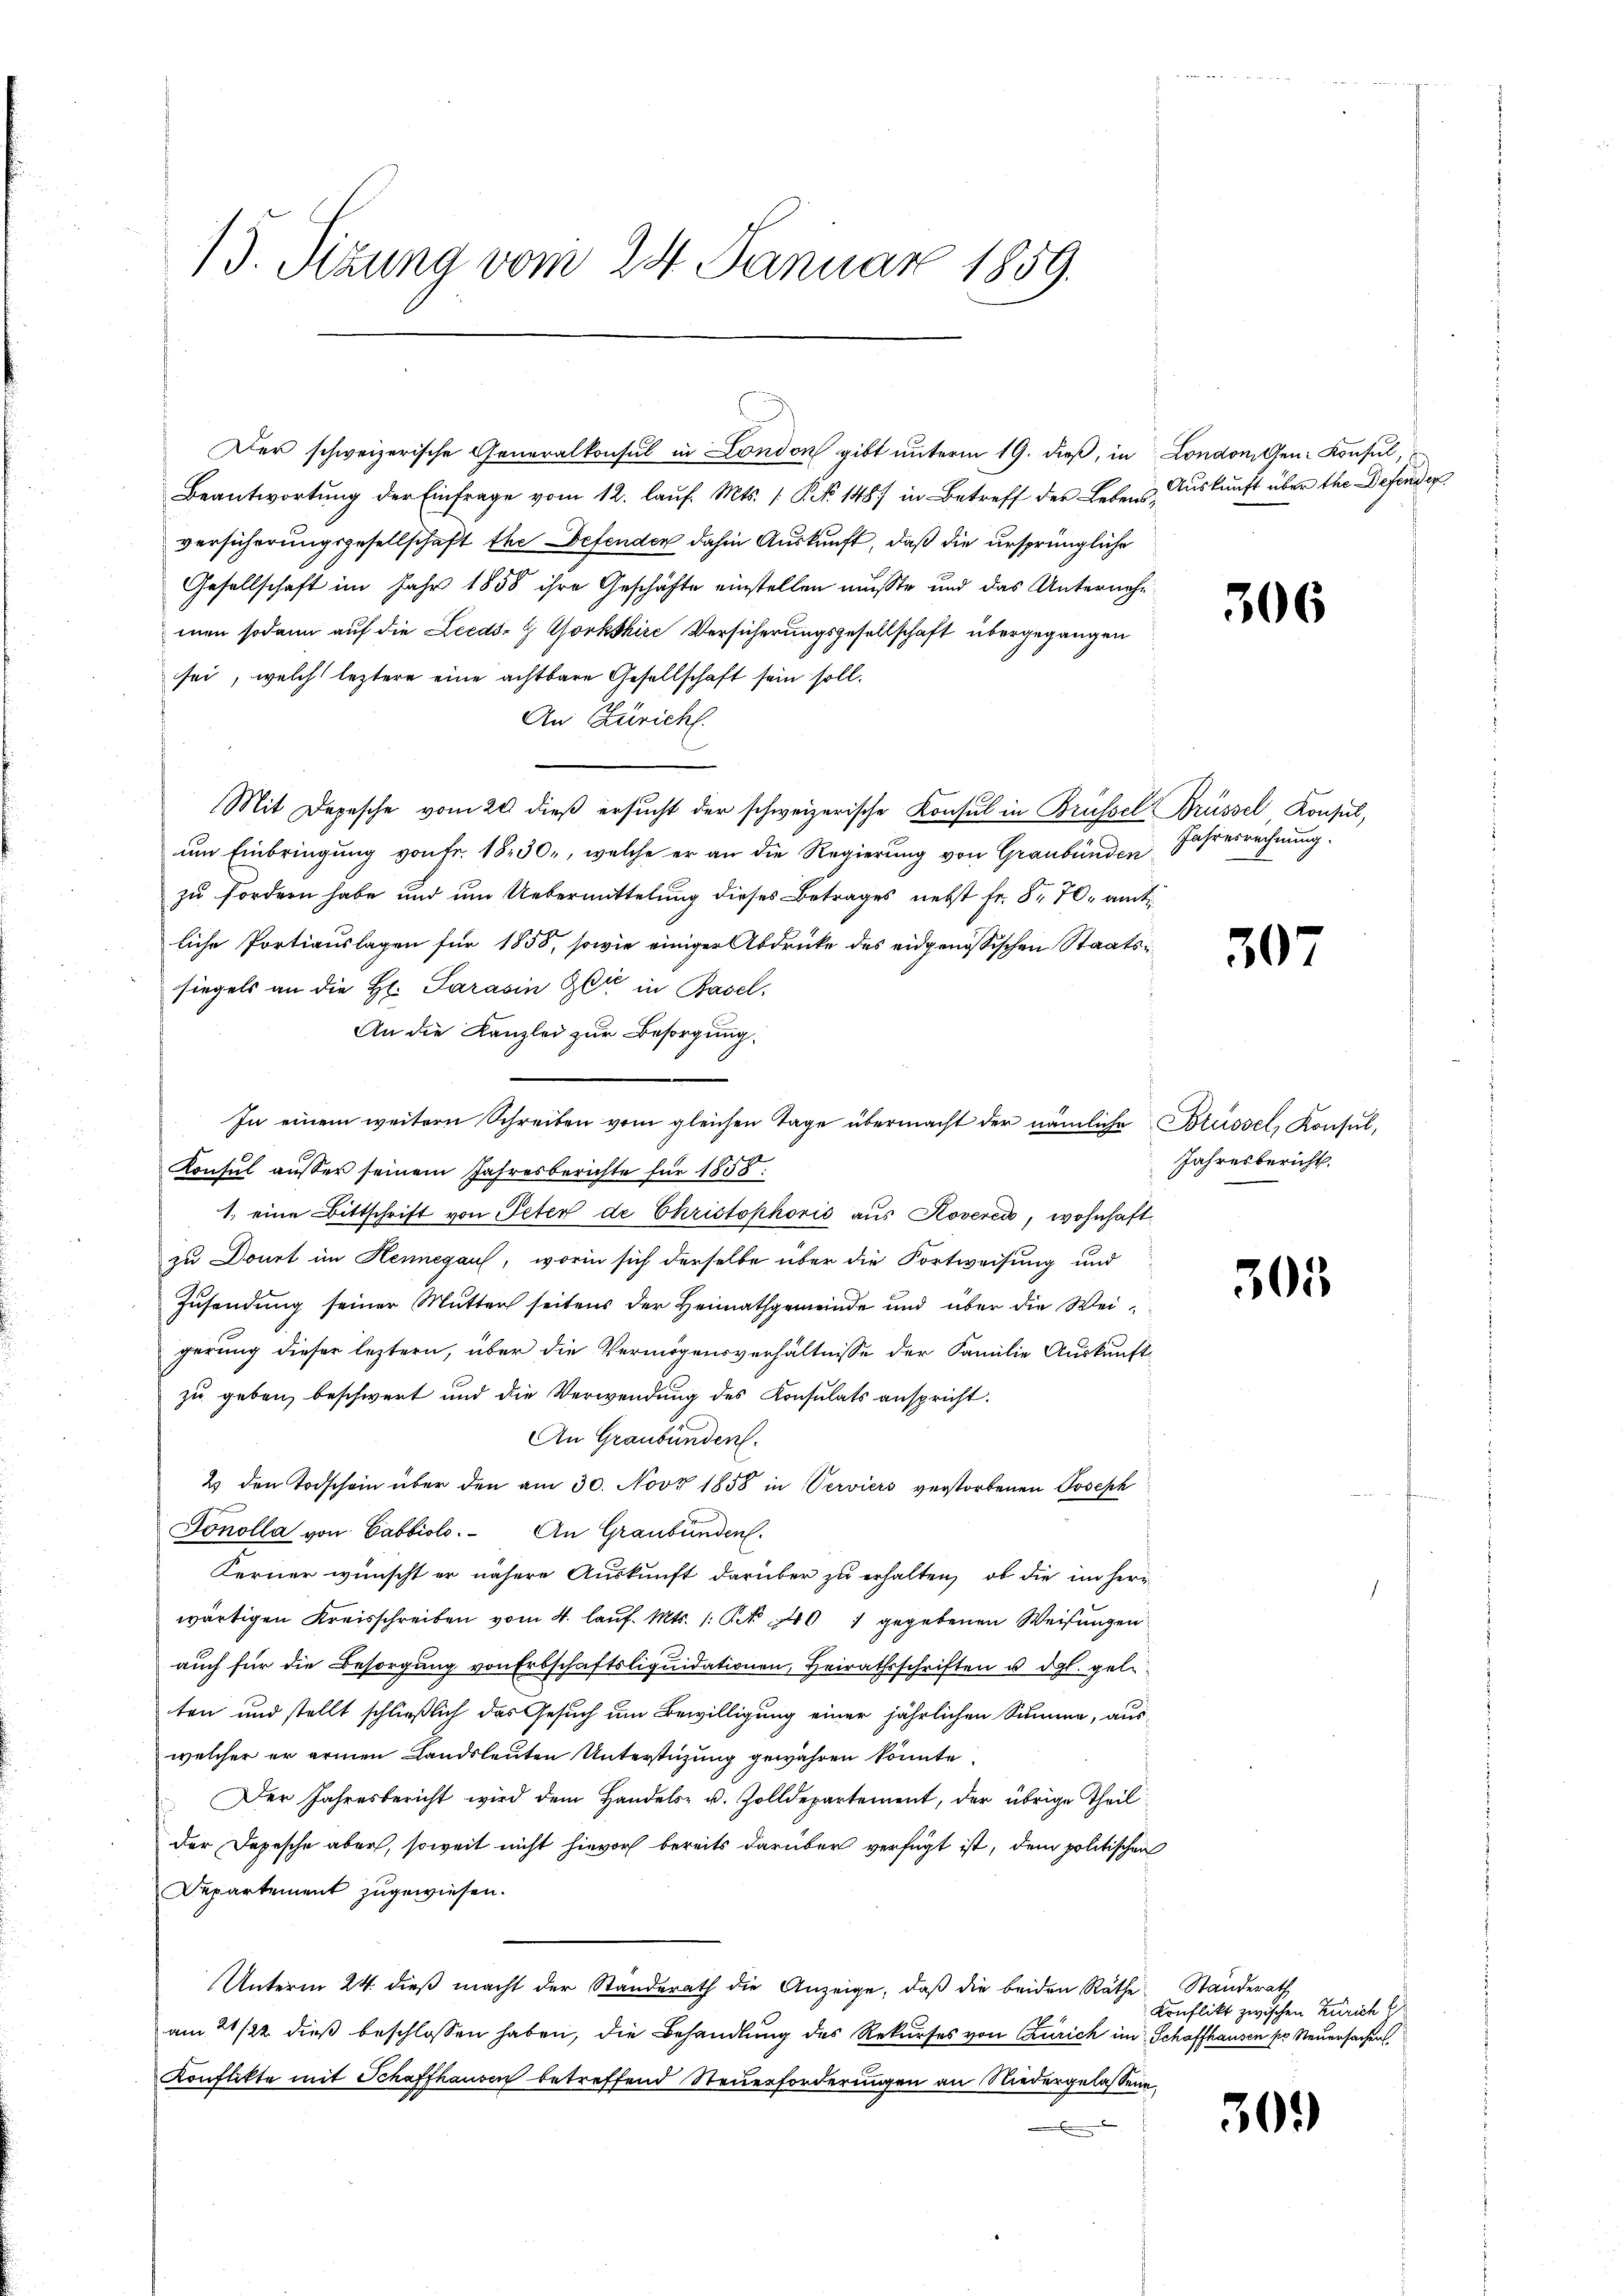
Beantwortŭng der Einfrage vom 12. laŭf. Mts. /: P. Nr. 148) in Betreff der Lebens- Aŭskŭnft über the Defender
versicherungsgesellschaft the Defenden dahin Auskunft, daß die ursprüngliche
Gesellschaft im Jahr 1858 ihre Geschäfte einstellen musste und das Unternehm
men sodann auf die Leeds-G Gorkshire Versicherungsgesellschaft übergegangen
sei, welch leztere eine achtbare Gesellschaft sein soll.
An Züricht.
Mit Depesche vom 20. dieß ersucht der schweizerische Konsul in Brüssel Brüssel Konsul,
um Einbringung von Fr. 1850, welche er an die Regierung von Graubünden Jahresrechnung.
zu fordern habe und um Uebermittelung dieses Betrages nebst fr. 8. 70, amt
liche Portiauslagen für 1858, sowie einiger Abdrücke des eidgenössischen Staatssiegels an die Hr. Parasin Gli in Basel,
An die Kanzlei zur Besorgung
In einem weitern Schreiben vom gleichen Tage übermacht der nämliche Brüssel, Konsul,
Konsul ausser seinem Jahresberichte für 1858.
1. eine Bittschrift von Peter de Christophović aus Koverei, wohnhaft
zu Donat im Hennegau, worin sich derselbe über die Fortweisung und
Zusendung seiner Mutter seitens der Heimathgemeinde und über die Weigerung dieser leztern, über die Vermögensverhältnisse der Familie Auskunft
zu geben, beschwert und die Verwendung des Konsulats anspricht.
An Graubünden.
2 den Todschein über den am 30. Nov 1858 in Verviers verstorbenen Joseph
Fonolla von Cabbiolo. An Graubünden.
Kerner wünscht er nähere Auskunft darüber zu erhalten, ob die im heri
wärtigen Kreisschreiben vom 4. laŭf. Mts. 1 Pk 440 1 gegebenen Weisungen
aŭch für die Besorgŭng von Erbschaftsliquidationen, Heirathsschriften u. dgl. geleten und stellt schließlich das Gesuch um Bewilligung einer jährlichen Summe, auswelcher er armen Landsleuten Unterstüzung gewähren könnte.
Der Jahresbericht wird dem Handels- u. Zolldepartement, der übrige Theil
der Depesche aber, soweit nicht hievor bereits darüber verfügt ist, dem politischen
Departement zugewiesen.
Unterm 24. dieß macht der Standerath die Anzeige, daß die beiden Räthe Standerath
am 21/22. dieß beschlossen haben, die Behandlung des Rekurses von Zürich im Schaffhausen pr. Neuersachen
Konflikte mit Schaffhausen betreffend Steuerforderungen an Niedergelassene

15. Sizung vom 24. Januar 1859.

Der schweizerische Generalkonsul in London gibt unterm 19. dieß, in London den Konsul,

306

307

Jahresbericht.

305

Konflikt zwischen Zürich E

301)